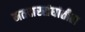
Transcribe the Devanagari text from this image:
मतदारसंघांतील